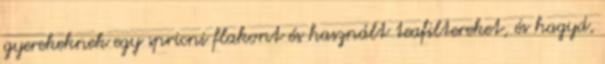
gyerekeknek egy spricni flakont és használt teafiltereket, és hagyd,